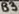
Text: B3